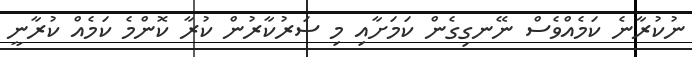
ނުކުރާނެ ކަމެއްވެސް ނޭނގިގެން ކަމަށާއި މި ސަރުކާރުން ކުރާ ކޮންމެ ކަމެއް ކުރާނީ